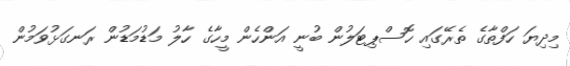
މިދިޔަ ހަފްތާގެ ތެރޭގައި ހޮސްޕިޓަލުން ބުނީ އަންހެން މީހާގެ ހާލު މަޑުމަޑުން ރަނގަޅުވަމުން